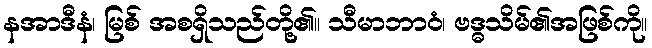
နအာဒီနံ၊ မြစ် အစရှိသည်တို့၏။ သီမာဘာဝံ၊ ဗဒ္ဓသိမ်၏အဖြစ်ကို။